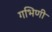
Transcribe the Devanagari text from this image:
गभिणी